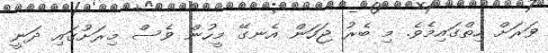
ވަރަށް ހިތްގައިމެވެ. މި ބެރު ޖަހަން އެނގޭ މީހުން ވެސް މިރަށުގައި ދަނީ